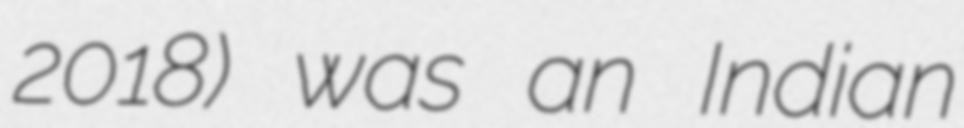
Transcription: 2018) was an Indian